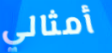
أمثالي